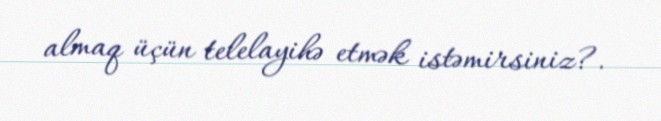
almaq üçün telelayihə etmək istəmirsiniz?.